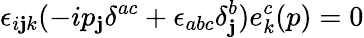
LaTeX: \epsilon_{i\mathbf{j}k}(-ip_{\mathbf{j}}\delta^{ac}+\epsilon_{abc}\delta_{\mathbf{j}}^{b})e_{k}^{c}(p)=0